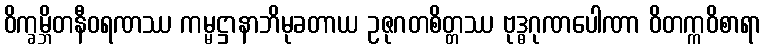
ဝိက္ခမ္ဘိတနီဝရဏဿ ကမ္မဋ္ဌာနာဘိမုခတာယ ဥဇုဂတစိတ္တဿ ဗုဒ္ဓဂုဏပေါဏာ ဝိတက္ကဝိစာရာ